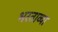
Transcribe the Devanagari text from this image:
भरताव्या